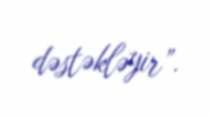
dəstəkləyir”.